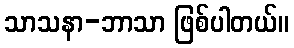
သာသနာ-ဘာသာ ဖြစ်ပါတယ်။